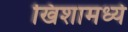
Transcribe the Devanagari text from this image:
खिशामध्ये